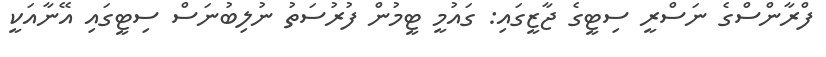
ފްރާންސްގެ ނަސްރީ ސިޓީގެ ޖާޒީގައި: ގައުމީ ޓީމުން ފުރުސަތު ނުލިބުނަސް ސިޓީގައި އޭނާއަކީ